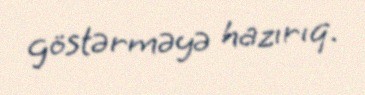
göstərməyə hazırıq.